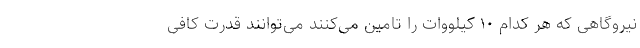
نیروگاهی که هر کدام ۱۰ کیلووات را تامین می‌کنند می‌توانند قدرت کافی